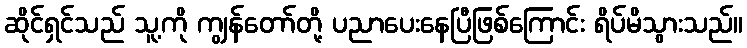
ဆိုင်ရှင်သည် သူ့ကို ကျွန်တော်တို့ ပညာပေးနေပြီဖြစ်ကြောင်း ရိပ်မိသွားသည်။